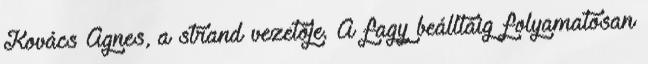
Kovács Ágnes, a strand vezetője. A fagy beálltáig folyamatosan